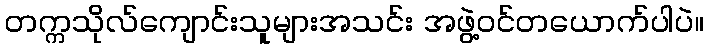
တက္ကသိုလ်ကျောင်းသူများအသင်း အဖွဲ့ဝင်တယောက်ပါပဲ။